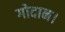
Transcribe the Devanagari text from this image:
गोदान।